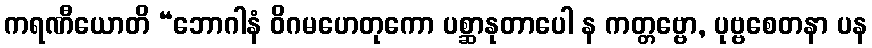
ကရဏီယောတိ “ဘောဂါနံ ဝိဂမဟေတုကော ပစ္ဆာနုတာပေါ န ကတ္တဗ္ဗော, ပုဗ္ဗစေတနာ ပန